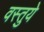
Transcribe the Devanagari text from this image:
वस्तुये